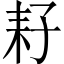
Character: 耔